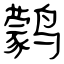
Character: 鹲